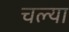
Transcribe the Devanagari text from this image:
चल्या